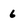
Character: 6